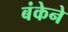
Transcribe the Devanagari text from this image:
बंकेने